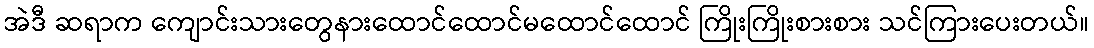
အဲဒီ ဆရာက ကျောင်းသားတွေနားထောင်ထောင်မထောင်ထောင် ကြိုးကြိုးစားစား သင်ကြားပေးတယ်။